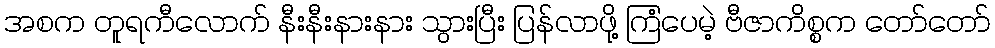
အစက တူရကီလောက် နီးနီးနားနား သွားပြီး ပြန်လာဖို့ ကြံပေမဲ့ ဗီဇာကိစ္စက တော်တော်